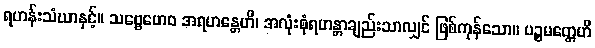
ရဟန်းသံဃာနှင့်။ သဗ္ဗေဟေဝ အရဟန္တေဟိ၊ အလုံးစုံရဟန္တာချည်းသာလျှင် ဖြစ်ကုန်သော။ ပဉ္စမတ္တေဟိ